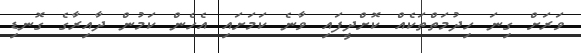
ވަރަށް ގިނަ ހިދުމަތްތަކެއް ކޮށްދީފައި ވާނެ ކަމަށައި އެހެން ކަމުން ދާއިރާގެ ގޮނޑި